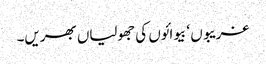
غریبوں ‘ بیوائوں کی جھولیاں بھریں۔